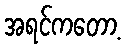
အရင်ကတော့